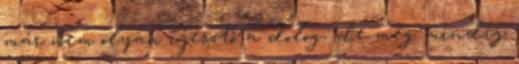
már nem olyan ijesztő a dolog, de még mindig